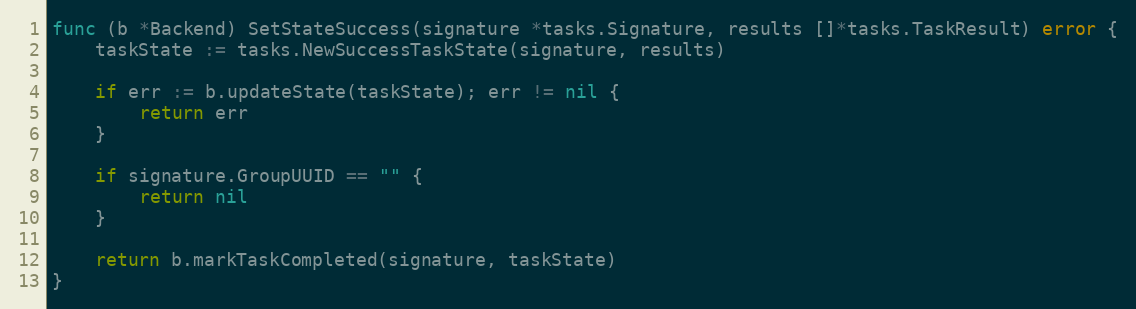
Language: Go
func (b *Backend) SetStateSuccess(signature *tasks.Signature, results []*tasks.TaskResult) error {
	taskState := tasks.NewSuccessTaskState(signature, results)

	if err := b.updateState(taskState); err != nil {
		return err
	}

	if signature.GroupUUID == "" {
		return nil
	}

	return b.markTaskCompleted(signature, taskState)
}